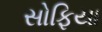
સોફિયા